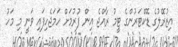
އިޒުރޭލުގެ ޑޮކްޓަރުންގެ ޓީމު ރާއްޖެ އިން ފުރުމަށް ހަމަޖެހިފައި ވަނީ މި މަހު